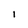
Character: I